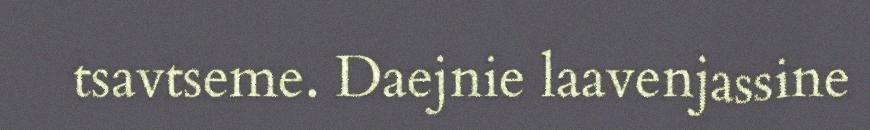
tsavtseme. Daejnie laavenjassine